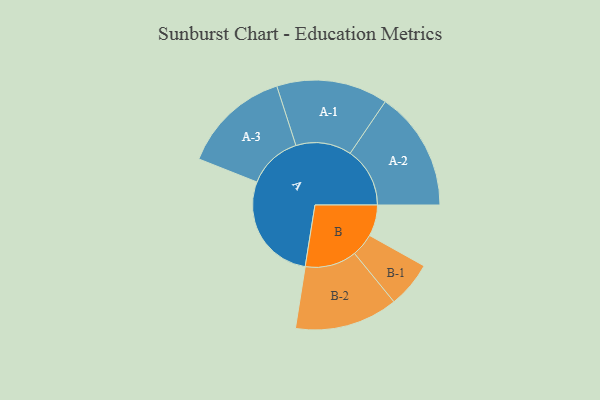
{"axis": {"x": "Segment", "y": "Value"}, "legend": ["", "A", "B"], "data": [{"x": "A", "y": 489, "type": ""}, {"x": "B", "y": 139, "type": ""}, {"x": "A-1", "y": 248, "type": "A"}, {"x": "A-2", "y": 266, "type": "A"}, {"x": "A-3", "y": 241, "type": "A"}, {"x": "B-1", "y": 103, "type": "B"}, {"x": "B-2", "y": 230, "type": "B"}]}